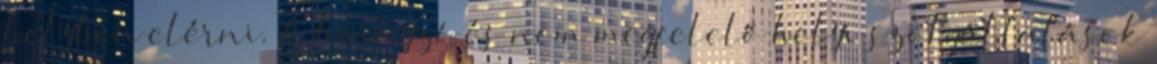
helyben elérni. A hiányzó és nem megfelelő helyi szolgáltatások